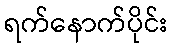
ရက်နောက်ပိုင်း